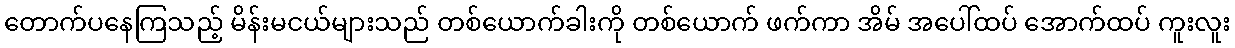
တောက်ပနေကြသည့် မိန်းမငယ်များသည် တစ်ယောက်ခါးကို တစ်ယောက် ဖက်ကာ အိမ် အပေါ်ထပ် အောက်ထပ် ကူးလူး